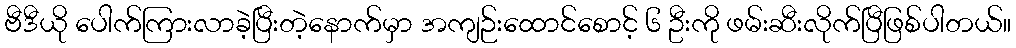
ဗီဒီယို ပေါက်ကြားလာခဲ့ပြီးတဲ့နောက်မှာ အကျဉ်းထောင်စောင့် ၆ ဦးကို ဖမ်းဆီးလိုက်ပြီဖြစ်ပါတယ်။